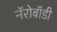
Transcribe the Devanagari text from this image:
नॅरोबॉडी